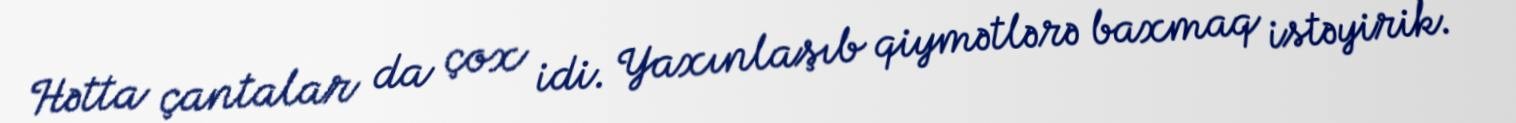
Hətta çantalar da çox idi. Yaxınlaşıb qiymətlərə baxmaq istəyirik.